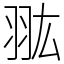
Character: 𦐌